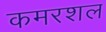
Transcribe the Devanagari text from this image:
कमरशल